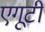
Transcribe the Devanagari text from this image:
एगूटी